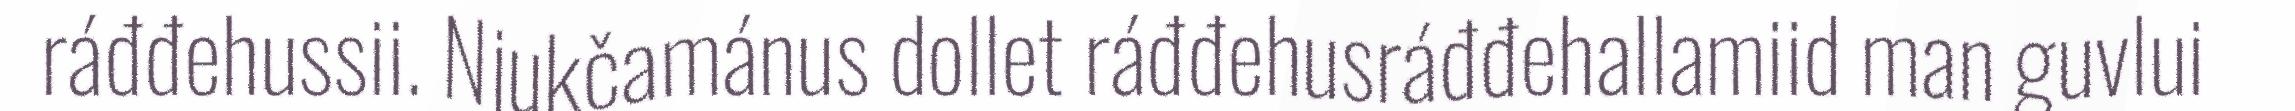
ráđđehussii. Njukčamánus dollet ráđđehusráđđehallamiid man guvlui